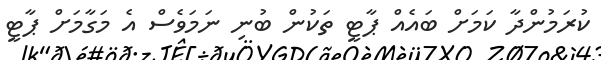
ކުރަމުންދާ ކަމަށް ބައެއް ޕާޓީ ތަކުން ބުނި ނަމަވެސް އެ މަގާމަށް ޕާޓީ